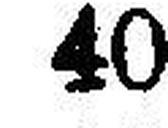
40